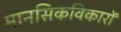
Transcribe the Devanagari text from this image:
मानसिकविकारों